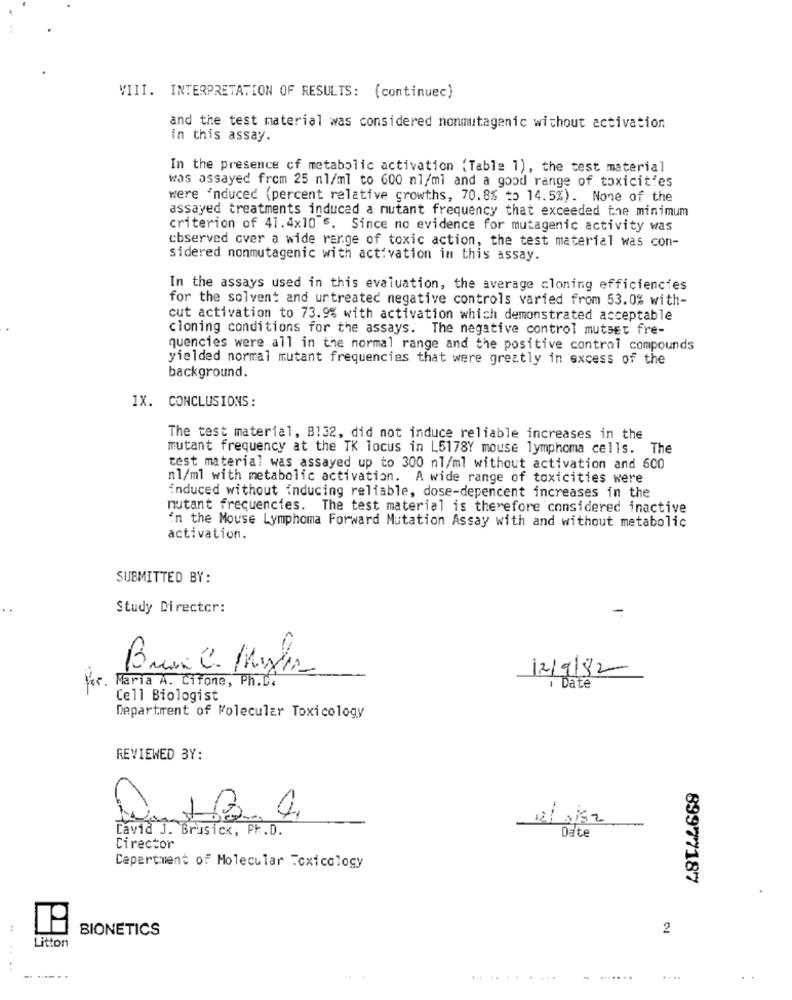
VIII. INTERPRETATION OF RESULTS: (continuec)
and the test material was considered nonmutagenic without activation
in this assay.
In the presence of metabolic activation (Table 1), the test material
was assayed from 25 nl/ml to 600 nl/ml and a good range of toxicities
were 'nduced (percent relative growths, 70.8% to 14.5%). None of the
assayed treatments induced a mutant frequency that exceeded the minimum
criterion of 41.4x10 6. Since no evidence for mutagenic activity was
cbserved over a wide range of toxic action, the test material was con-
sidered nonmutagenic with activation in this assay.
In the assays used in this evaluation, the average cloning efficiencies
for the solvent and untreated negative controls varied from 53.0% with-
cut activation to 73.9% with activation which demonstrated acceptable
cloning conditions for the assays. The negative control mutset fre-
quencies were all in the normal range and the positive control compounds
yielded normal mutant frequencies that were greatly in excess of the
background.
1X. CONCLUSIONS:
The test material, B132, did not induce reliable increases in the
mutant frequency at the TK locus in L5178Y mouse lymphoma cells. The
test material was assayed up to 300 nl/ml without activation and 600
nl/ml with metabolic activation. A wide range of toxicities were
induced without inducing reliable, dose-depencent increases in the
nutant frequencies. The test material is therefore considered inactive
in the Mouse Lymphoma Forward Mutation Assay with and without metabolic
activation.
SUBMITTED BY:
Study Director:
Buon C. Myha
12/9/82
Maria A. Cifone, Ph.D.
for
1 Date
Cell Biologist
Department of Molecular Toxicology
REVIEWED BY:
12/ 0182
David J. Brusick, PF.D.
Date
Director
Department of Molecular Toxicology
89977187
:
BIONETICS
2
Litton
..........
. ......